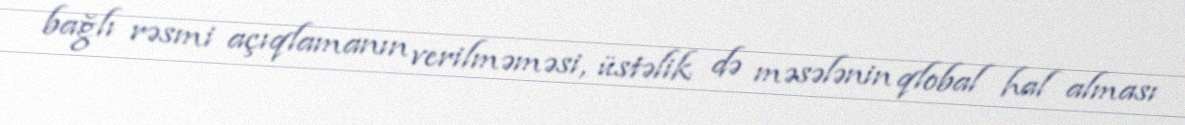
bağlı rəsmi açıqlamanın verilməməsi, üstəlik də məsələnin qlobal hal alması